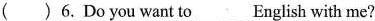
( )6. Do you want to___English with me?